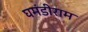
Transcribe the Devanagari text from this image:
घमंडीराम